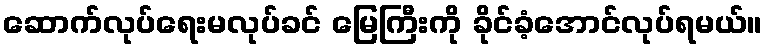
ဆောက်လုပ်ရေးမလုပ်ခင် မြေကြီးကို ခိုင်ခံ့အောင်လုပ်ရမယ်။